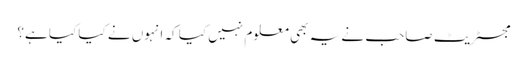
مجسٹریٹ صاحب نے یہ بھی معلوم نہیں کیا کہ انہوں نے کیا کیا ہے؟